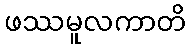
ဖဿမူလကာတိ